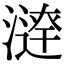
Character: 𣾣